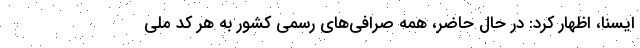
ایسنا، اظهار کرد: در حال حاضر، همه صرافی‌های رسمی کشور به هر کد ملی